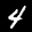
Label: 4